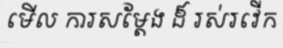
មើល ការសម្តែង ដ៏ រស់រវើក